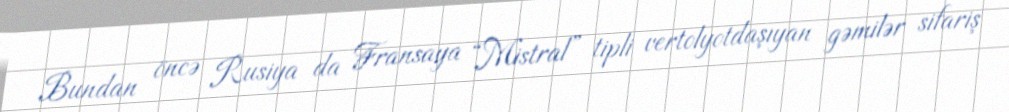
Bundan öncə Rusiya da Fransaya “Mistral” tipli vertolyotdaşıyan gəmilər sifariş